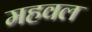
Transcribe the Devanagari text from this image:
महवल